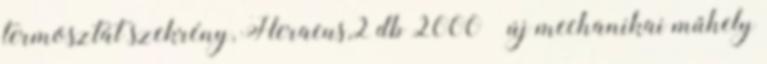
termosztát szekrény, Heraeus,2 db 2000 – új mechanikai műhely